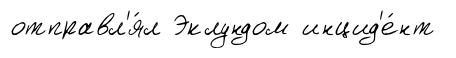
отправл'я́л Эклундом инцид'е́нт